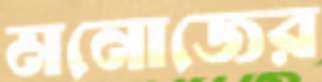
মনোজের